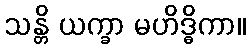
သန္တိ ယက္ခာ မဟိဒ္ဓိကာ။